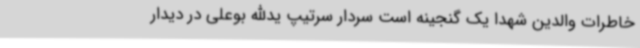
خاطرات والدین شهدا یک گنجینه است سردار سرتیپ یدالله بوعلی در دیدار